Document type: Acquittance
Year: 1296
Scribe: Jaume de Malví
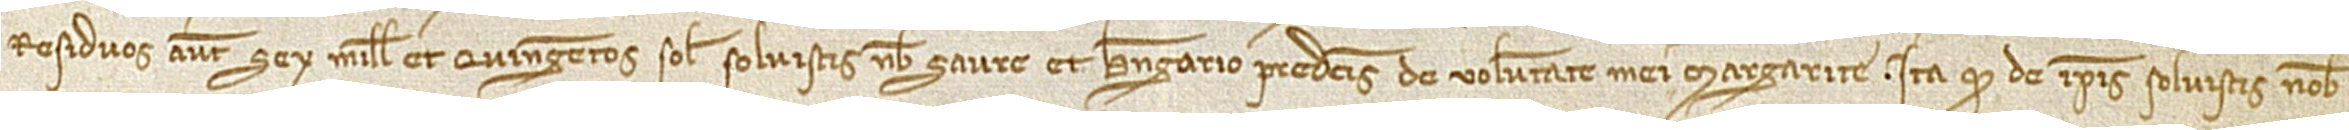
residuos autem sex mille et quingentos solidos solvistis nobis Saure et Berengario predictis de voluntate mei Margarite. Ita quod de ipsis solvistis nobis